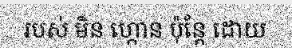
របស់ មិន ហ្កោន ប៉ុន្តែ ដោយ